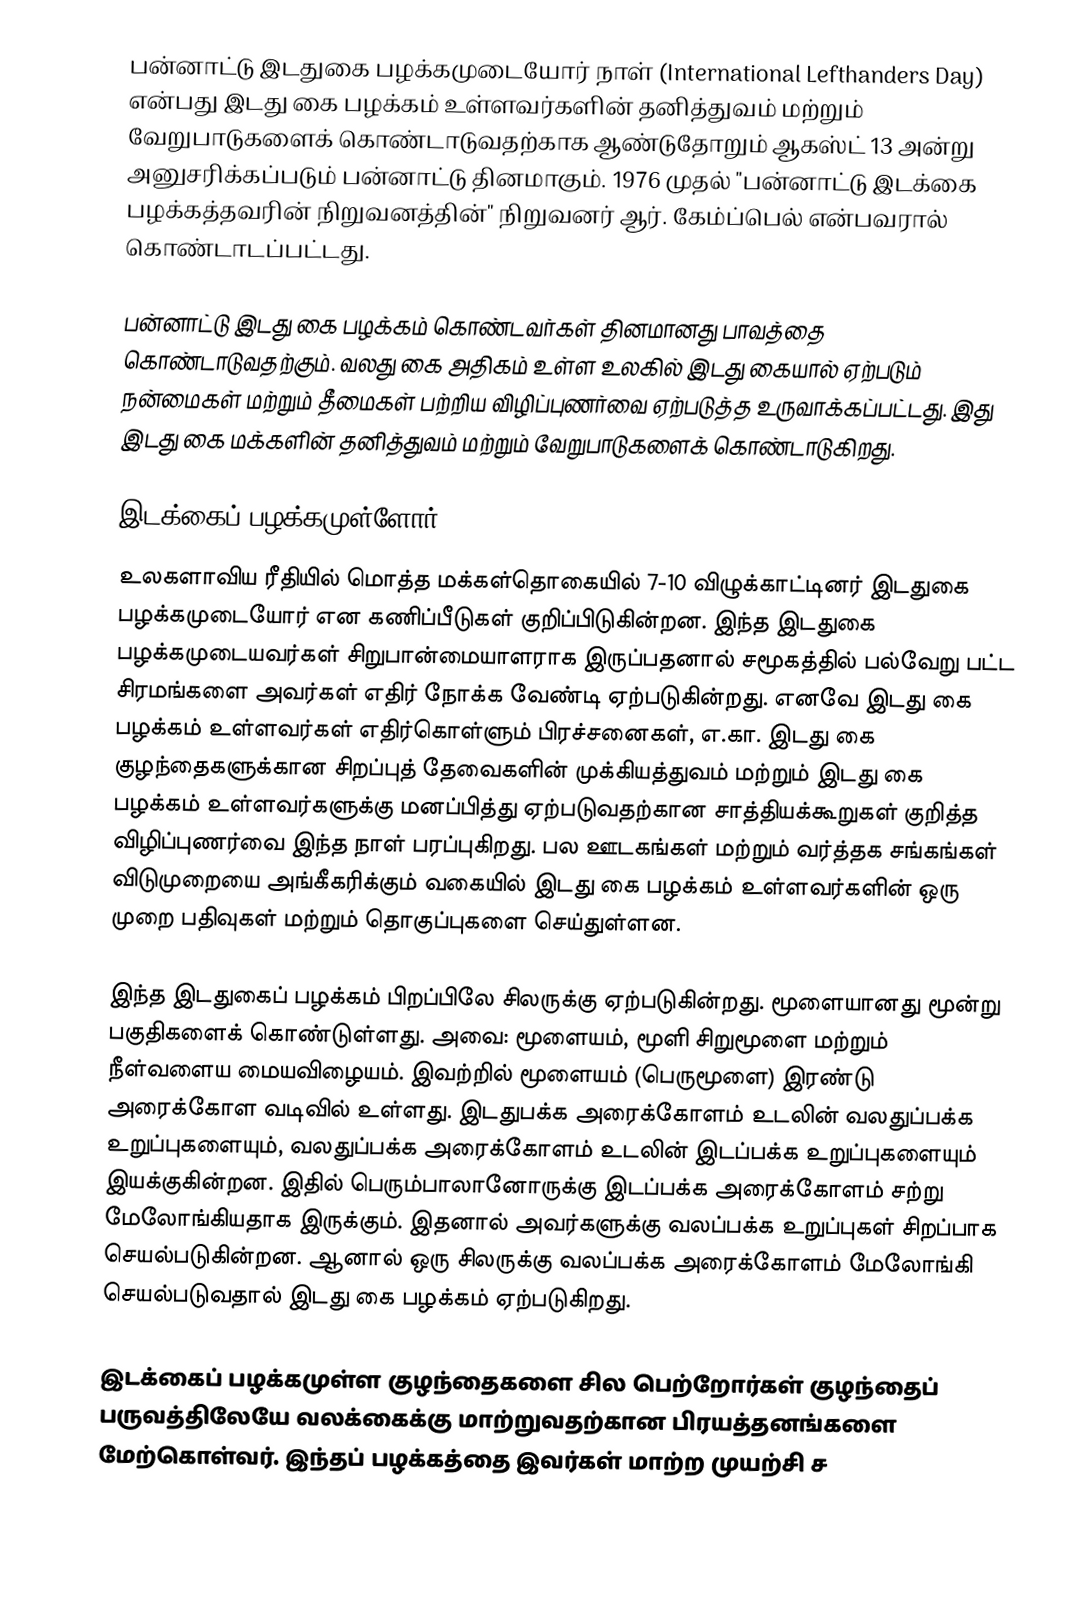
பன்னாட்டு இடதுகை பழக்கமுடையோர் நாள் (International Lefthanders Day) என்பது இடது கை பழக்கம் உள்ளவர்களின் தனித்துவம் மற்றும் வேறுபாடுகளைக் கொண்டாடுவதற்காக ஆண்டுதோறும் ஆகஸ்ட் 13 அன்று அனுசரிக்கப்படும் பன்னாட்டு தினமாகும். 1976 முதல் "பன்னாட்டு இடக்கை பழக்கத்தவரின் நிறுவனத்தின்" நிறுவனர் ஆர். கேம்ப்பெல் என்பவரால் கொண்டாடப்பட்டது.

பன்னாட்டு இடது கை பழக்கம் கொண்டவர்கள் தினமானது பாவத்தை கொண்டாடுவதற்கும். வலது கை அதிகம் உள்ள உலகில் இடது கையால் ஏற்படும் நன்மைகள் மற்றும் தீமைகள் பற்றிய விழிப்புணர்வை ஏற்படுத்த உருவாக்கப்பட்டது. இது இடது கை மக்களின் தனித்துவம் மற்றும் வேறுபாடுகளைக் கொண்டாடுகிறது.

இடக்கைப் பழக்கமுள்ளோர்
உலகளாவிய ரீதியில் மொத்த மக்கள்தொகையில் 7-10 விழுக்காட்டினர் இடதுகை பழக்கமுடையோர் என கணிப்பீடுகள் குறிப்பிடுகின்றன. இந்த இடதுகை பழக்கமுடையவர்கள் சிறுபான்மையாளராக இருப்பதனால் சமூகத்தில் பல்வேறு பட்ட சிரமங்களை அவர்கள் எதிர் நோக்க வேண்டி ஏற்படுகின்றது. எனவே இடது கை பழக்கம் உள்ளவர்கள் எதிர்கொள்ளும் பிரச்சனைகள், எ.கா. இடது கை குழந்தைகளுக்கான சிறப்புத் தேவைகளின் முக்கியத்துவம் மற்றும் இடது கை பழக்கம் உள்ளவர்களுக்கு மனப்பித்து ஏற்படுவதற்கான சாத்தியக்கூறுகள் குறித்த விழிப்புணர்வை இந்த நாள் பரப்புகிறது. பல ஊடகங்கள் மற்றும் வர்த்தக சங்கங்கள் விடுமுறையை அங்கீகரிக்கும் வகையில் இடது கை பழக்கம் உள்ளவர்களின் ஒரு முறை பதிவுகள் மற்றும் தொகுப்புகளை செய்துள்ளன.

இந்த இடதுகைப் பழக்கம் பிறப்பிலே சிலருக்கு ஏற்படுகின்றது. மூளையானது மூன்று பகுதிகளைக் கொண்டுள்ளது. அவை: மூளையம், மூளி சிறுமூளை மற்றும் நீள்வளைய மையவிழையம். இவற்றில் மூளையம் (பெருமூளை) இரண்டு அரைக்கோள வடிவில் உள்ளது. இடதுபக்க அரைக்கோளம் உடலின் வலதுப்பக்க உறுப்புகளையும், வலதுப்பக்க அரைக்கோளம் உடலின் இடப்பக்க உறுப்புகளையும் இயக்குகின்றன. இதில் பெரும்பாலானோருக்கு இடப்பக்க அரைக்கோளம் சற்று மேலோங்கியதாக இருக்கும். இதனால் அவர்களுக்கு வலப்பக்க உறுப்புகள் சிறப்பாக செயல்படுகின்றன. ஆனால் ஒரு சிலருக்கு வலப்பக்க அரைக்கோளம் மேலோங்கி செயல்படுவதால் இடது கை பழக்கம் ஏற்படுகிறது.

இடக்கைப் பழக்கமுள்ள குழந்தைகளை சில பெற்றோர்கள் குழந்தைப் பருவத்திலேயே வலக்கைக்கு மாற்றுவதற்கான பிரயத்தனங்களை மேற்கொள்வர். இந்தப் பழக்கத்தை இவர்கள் மாற்ற முயற்சி ச